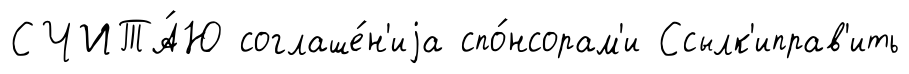
СЧИТА́Ю соглаше́н'иjа спо́нсорам'и Ссылк'иправ'ить